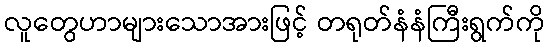
လူတွေဟာများသောအားဖြင့် တရုတ်နံနံကြီးရွက်ကို